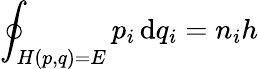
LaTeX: \oint_{H(p,q)=E}p_{i}\, \mathrm{d}q_{i}=n_{i}h